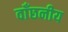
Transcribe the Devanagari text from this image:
वाँछनीय